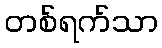
တစ်ရက်သာ